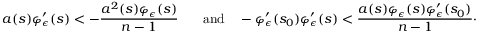
a ( s ) \varphi _ { \epsilon } ^ { \prime } ( s ) < - \frac { a ^ { 2 } ( s ) \varphi _ { \epsilon } ( s ) } { n - 1 } \phantom { - } \quad \mathrm { a n d } \quad - \varphi _ { \epsilon } ^ { \prime } ( s _ { 0 } ) \varphi _ { \epsilon } ^ { \prime } ( s ) < \frac { a ( s ) \varphi _ { \epsilon } ( s ) \varphi _ { \epsilon } ^ { \prime } ( s _ { 0 } ) } { n - 1 } \cdot